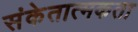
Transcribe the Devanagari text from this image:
संकेतात्मकता